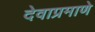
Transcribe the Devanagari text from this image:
देवाप्रमाणे